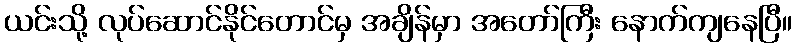
ယင်းသို့ လုပ်ဆောင်နိုင်တောင်မှ အချိန်မှာ အတော်ကြီး နောက်ကျနေပြီ။